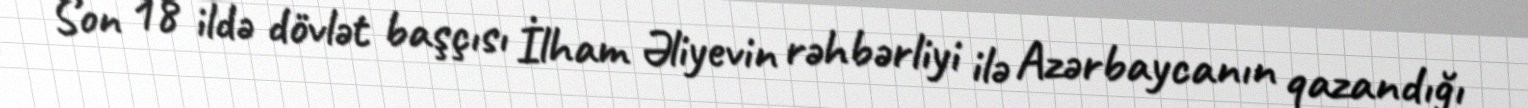
Son 18 ildə dövlət başçısı İlham Əliyevin rəhbərliyi ilə Azərbaycanın qazandığı